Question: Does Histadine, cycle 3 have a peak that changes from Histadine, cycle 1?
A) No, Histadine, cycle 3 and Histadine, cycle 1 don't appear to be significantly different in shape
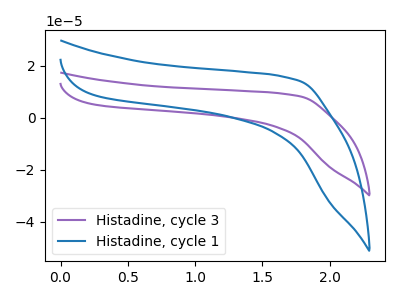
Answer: <think>The purple curve "Histadine, cycle 3" has no peaks. The blue curve "Histadine, cycle 1" has no peaks.
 Neither "Histadine, cycle 3" or "Histadine, cycle 1" have any peaks.</think>
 <answer>A) No, "Histadine, cycle 3" and "Histadine, cycle 1" don't appear to be significantly different in shape</answer>
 <eval>A</eval>